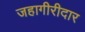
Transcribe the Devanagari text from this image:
जहागीरीदार